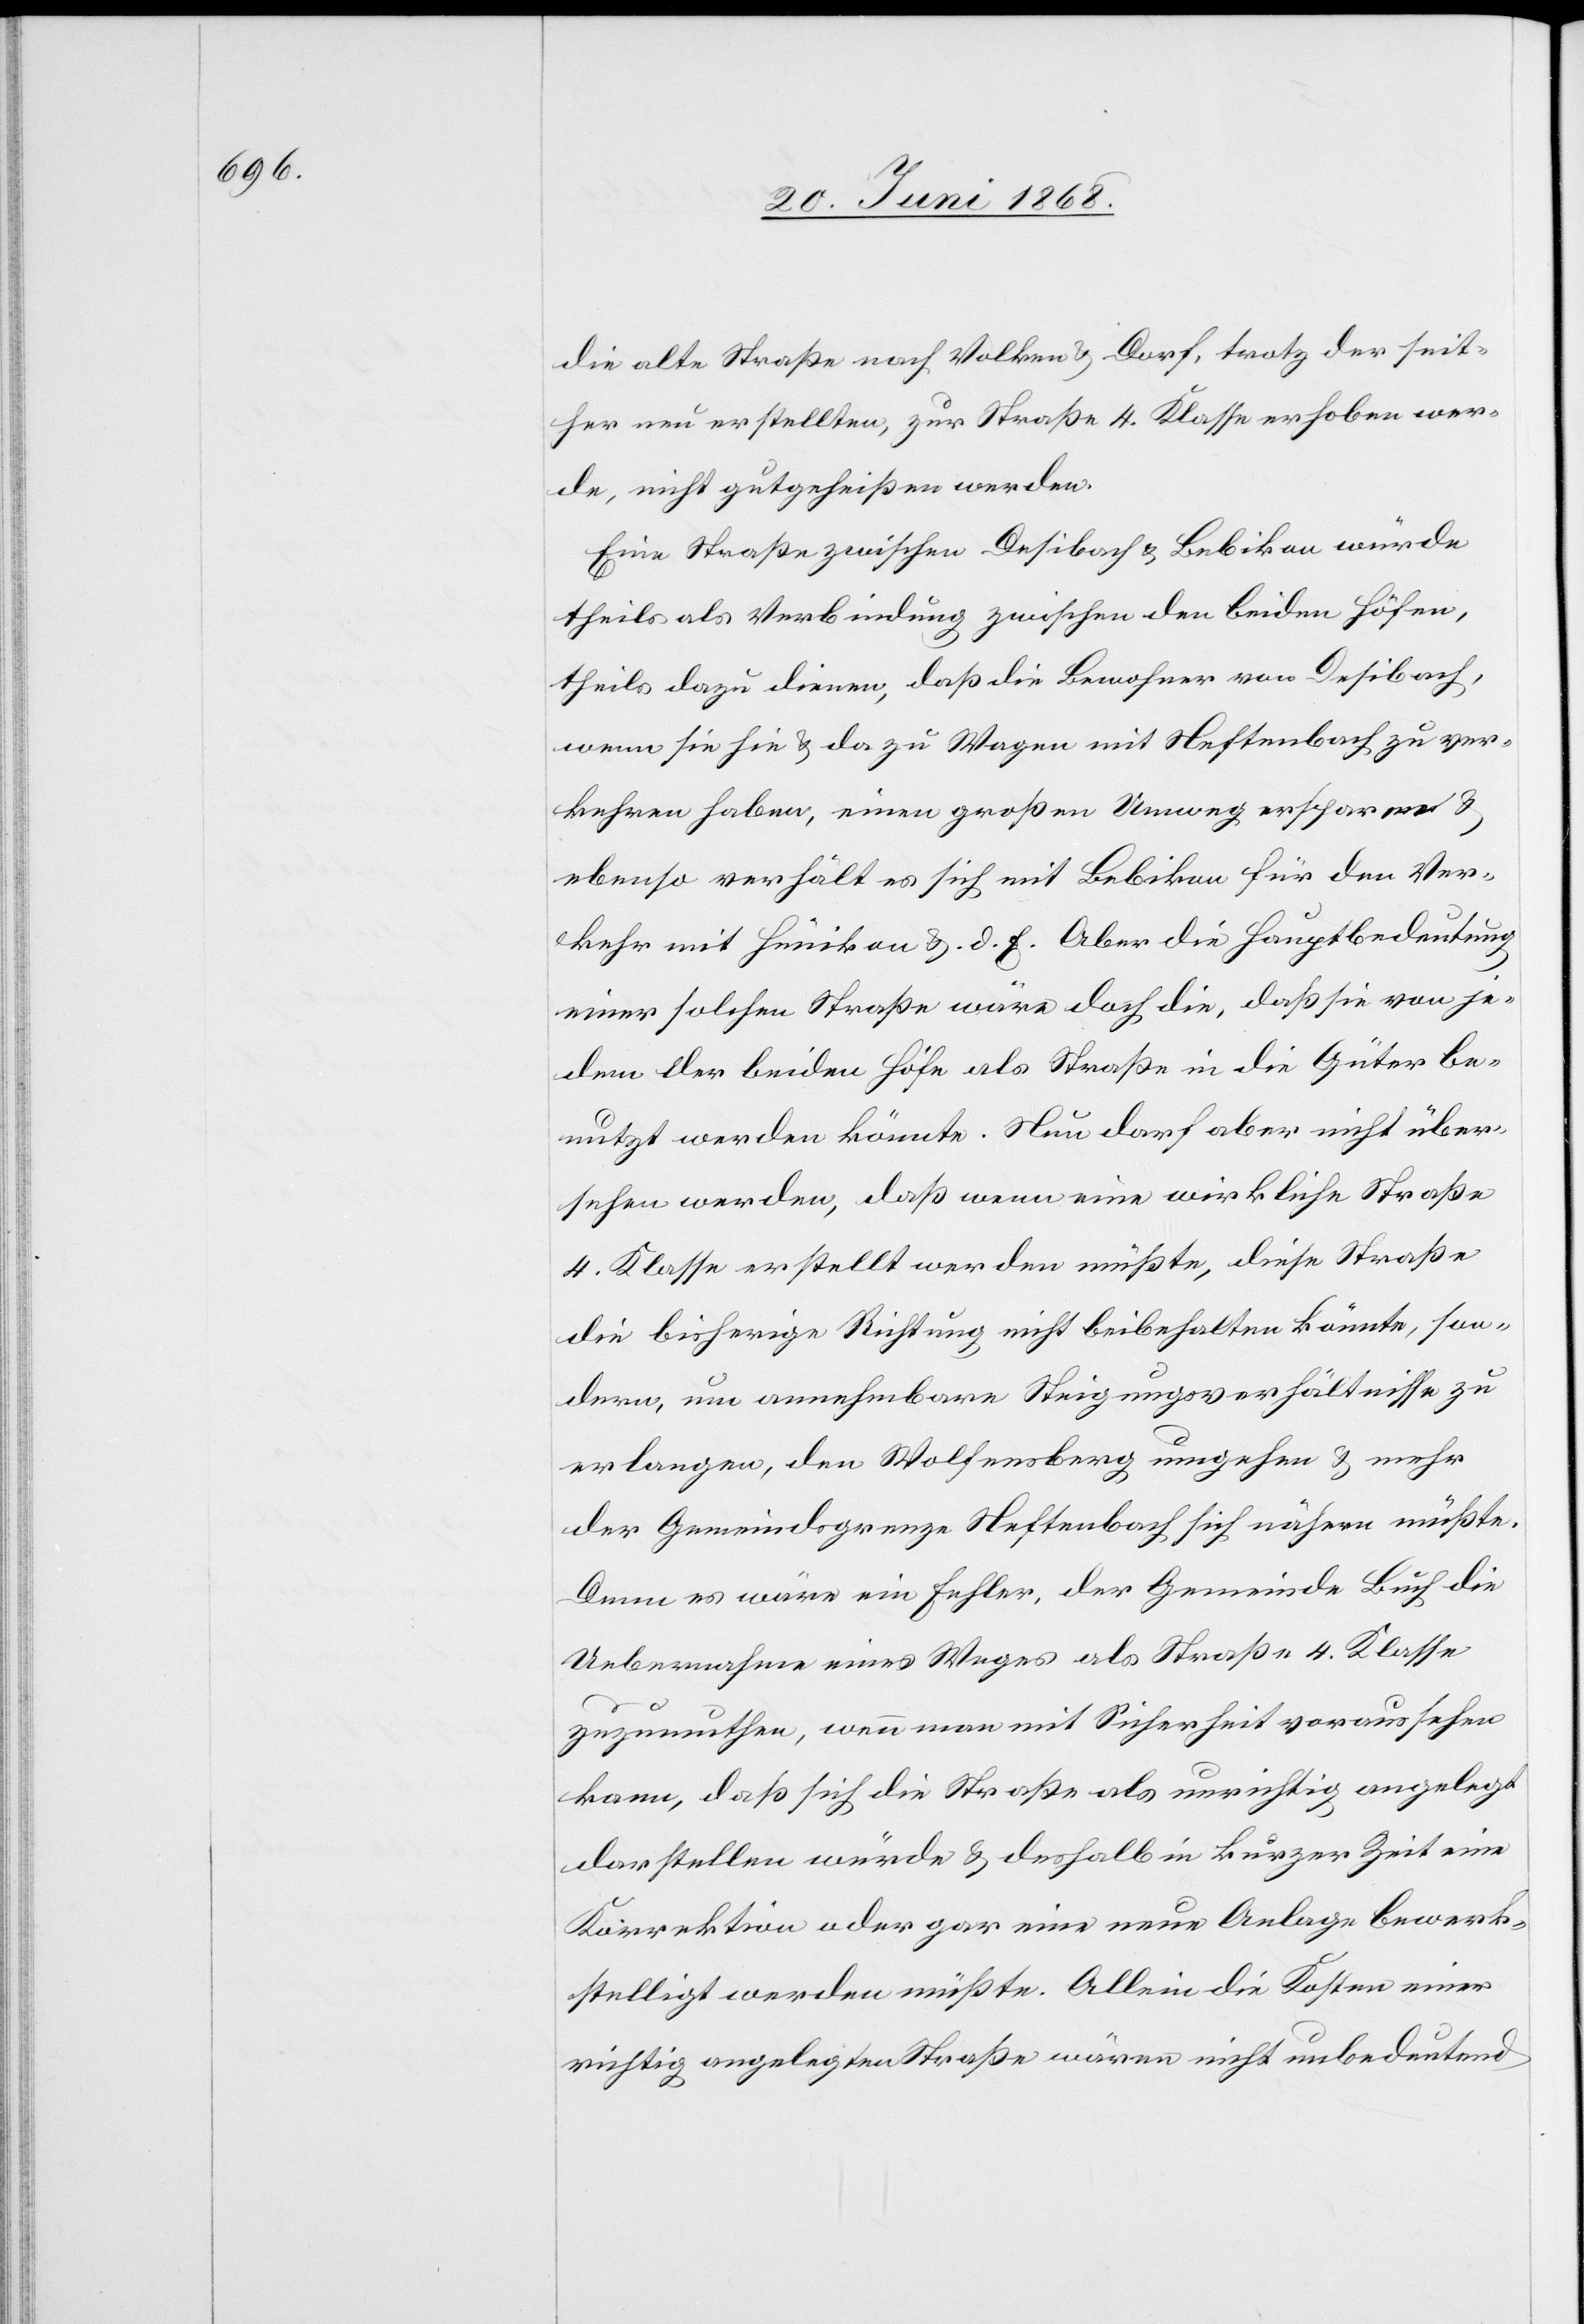
die alte Straße nach Volken & Dorf, trotz der seit¬
her neu erstellten, zur Straße 4. Klasse erhoben wer¬
de, nicht gutgeheißen werden.
Eine Straße zwischen Desibach & Bebikon würde
theils als Verbindung zwischen den beiden Höfen,
theils dazu dienen, daß die Bewohner von Desibach,
wenn sie hie & da zu Wagen mit Neftenbach zu ver¬
kehren haben, einen großen Umweg ersparen &
ebenso verhält es sich mit Bebikon für den Ver¬
kehr mit Hünikon & d. E. Aber die Hauptbedeutung
einer solchen Straße wäre doch die, daß sie von je¬
dem der beiden Höfe als Straße in die Güter be¬
nutzt werden könnte. Nun darf aber nicht über¬
sehen werden, daß wenn eine wirkliche Straße
4. Klasse erstellt werden müßte, diese Straße
die bisherige Richtung nicht beibehalten könnte, son¬
dern, um annehmbare Steigungsverhältnisse zu
erlangen, den Wolfensberg umgehen & mehr
der Gemeindsgrenze Neftenbach sich nähern müßte.
Denn es wäre ein Fehler, der Gemeinde Buch die
Uebernahme eines Weges als Straße 4. Klasse
zuzumuthen, wenn man mit Sicherheit voraussehen
kann, daß sich die Straße als unrichtig angelegt
darstellen würde & deshalb in kurzer Zeit eine
Korrektion oder gar eine neue Anlage bewerk¬
stelligt werden müßte. Allein die Kosten einer
richtig angelegten Straße wären nicht unbedeutend